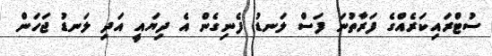
ސުޓްރައިކަރެއްގެ ފަރާތުނަ ފަސް ލަނޑު ފެނިގެން އެ ދިޔައީ އަދި ލަނޑު ޖަހަން